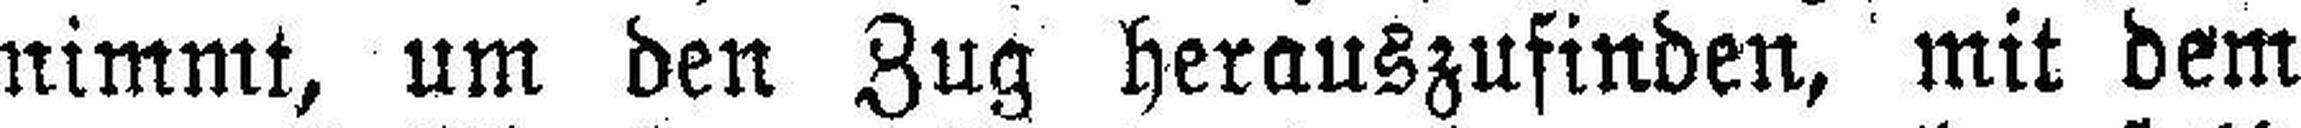
nimmt, um den Zug herauszufinden, mit dem